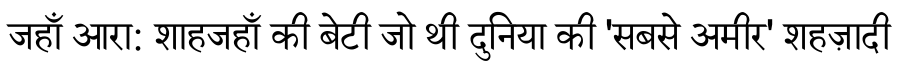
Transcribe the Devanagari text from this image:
जहाँ आरा: शाहजहाँ की बेटी जो थी दुनिया की 'सबसे अमीर' शहज़ादी